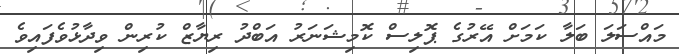
މައްސަލަ ބަލާ ކަމަށް އޭރުގެ ޕޮލިސް ކޮމިޝަނަރު އަބްދު ރިޔާޒް ކުރިން ވިދާޅުވެފައިވެ